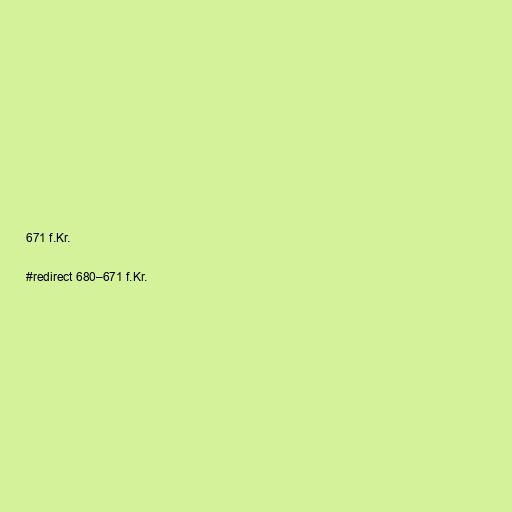
671 f.Kr.

#redirect 680–671 f.Kr.